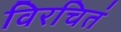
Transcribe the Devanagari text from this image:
विरचितं